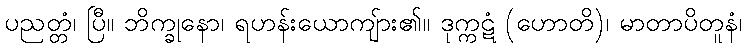
ပညတ္တံ၊ ပြီ။ ဘိက္ခုနော၊ ရဟန်းယောကျ်ား၏။ ဒုက္ကဋံ (ဟောတိ)၊ မာတာပိတူနံ၊